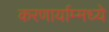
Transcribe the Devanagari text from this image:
करणार्याम्मध्ये